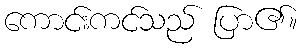
ကောင်းကင်သည် ပြာ၏။